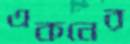
একনের